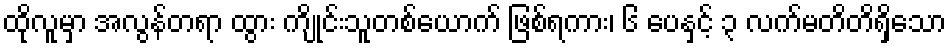
ထိုလူမှာ အလွန်တရာ ထွား ကျိုင်းသူတစ်ယောက် ဖြစ်ရကား၊ ၆ ပေနှင့် ၃ လက်မတိတိရှိသော